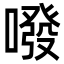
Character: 㗶